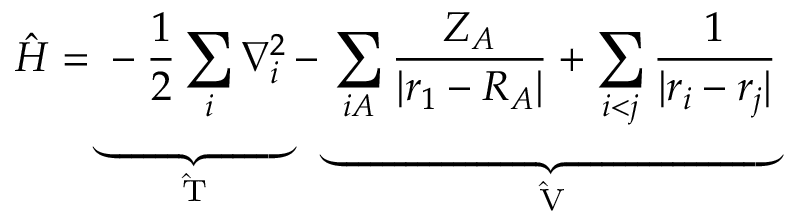
\hat { H } = \underbrace { - \frac { 1 } { 2 } \sum _ { i } \nabla _ { i } ^ { 2 } } _ { \mathrm { ~ \hat { T } ~ } } - \underbrace { \sum _ { i A } \frac { Z _ { A } } { | \boldsymbol { r } _ { 1 } - \boldsymbol { R } _ { A } | } + \sum _ { i < j } \frac { 1 } { | \boldsymbol { r } _ { i } - \boldsymbol { r } _ { j } | } } _ { \mathrm { ~ \hat { V } ~ } }